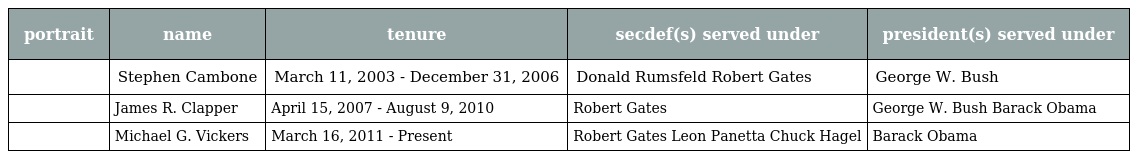
| portrait | name | tenure | secdef(s) served under | president(s) served under |
 | --- | --- | --- | --- | --- |
 |  | Stephen Cambone | March 11, 2003 - December 31, 2006 | Donald Rumsfeld Robert Gates | George W. Bush |
 |  | James R. Clapper | April 15, 2007 - August 9, 2010 | Robert Gates | George W. Bush Barack Obama |
 |  | Michael G. Vickers | March 16, 2011 - Present | Robert Gates Leon Panetta Chuck Hagel | Barack Obama |